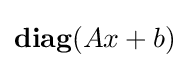
{\textbf {diag}}(Ax+b)